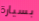
بسيارة